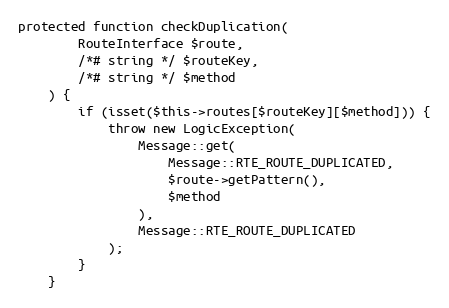
Language: PHP
protected function checkDuplication(
        RouteInterface $route,
        /*# string */ $routeKey,
        /*# string */ $method
    ) {
        if (isset($this->routes[$routeKey][$method])) {
            throw new LogicException(
                Message::get(
                    Message::RTE_ROUTE_DUPLICATED,
                    $route->getPattern(),
                    $method
                ),
                Message::RTE_ROUTE_DUPLICATED
            );
        }
    }